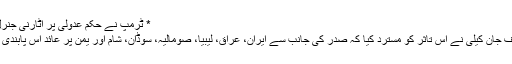
* ٹرمپ نے حکم عدولی پر اٹارنی جنرل کو برطرف کر دیا
ہوم لینڈ سکیورٹی چیف جان کیلی نے اس تاثر کو مسترد کیا کہ صدر کی جانب سے ایران، عراق، لیبیا، صومالیہ، سوڈان، شام اور یمن پر عائد اس پابندی کا نشانہ مسلمان ہیں۔